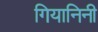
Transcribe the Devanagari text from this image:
गियानिनी